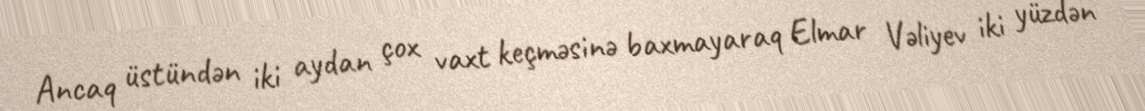
Ancaq üstündən iki aydan çox vaxt keçməsinə baxmayaraq Elmar Vəliyev iki yüzdən